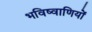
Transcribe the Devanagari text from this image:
भविष्वाणियों